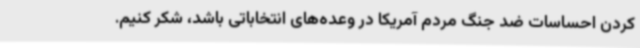
کردن احساسات ضد جنگ مردم آمریکا در وعده‌های انتخاباتی باشد، شکر کنیم.